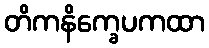
တိကနိက္ခေပကထာ